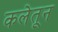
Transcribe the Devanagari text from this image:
कलेतून